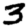
Digit: 3